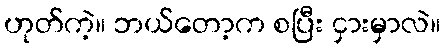
ဟုတ်ကဲ့။ ဘယ်တော့က စပြီး ငှားမှာလဲ။